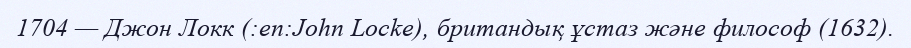
1704 — Джон Локк (:en:John Locke), британдық ұстаз және философ (1632).